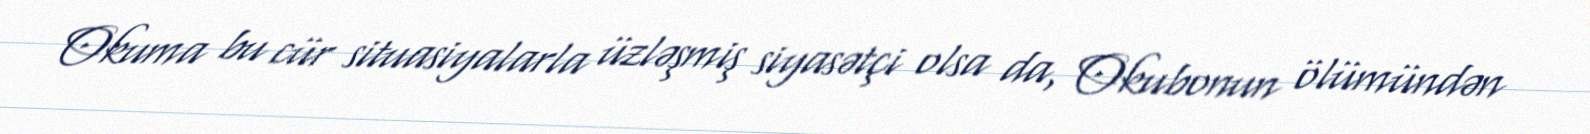
Okuma bu cür situasiyalarla üzləşmiş siyasətçi olsa da, Okubonun ölümündən